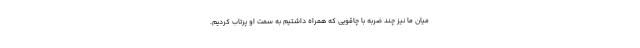
میان ما نیز چند ضربه با چاقویی که همراه داشتیم به سمت او پرتاب کردیم.